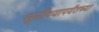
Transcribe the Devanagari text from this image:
सूर्यॊदयापर्यंतच्या